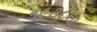
૧૯૩૮ના